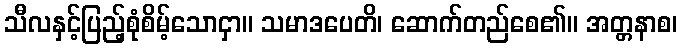
သီလနှင့်ပြည့်စုံစိမ့်သောငှာ။ သမာဒပေတိ၊ ဆောက်တည်စေ၏။ အတ္တနာစ၊